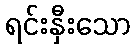
ရင်းနှီးသော